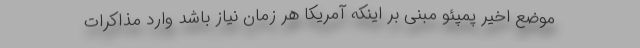
موضع اخیر پمپئو مبنی بر اینکه آمریکا هر زمان نیاز باشد وارد مذاکرات